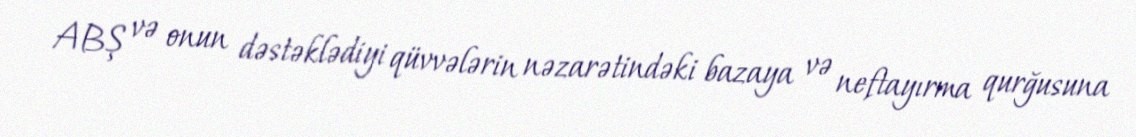
ABŞ və onun dəstəklədiyi qüvvələrin nəzarətindəki bazaya və neftayırma qurğusuna